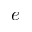
e